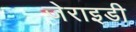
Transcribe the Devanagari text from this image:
जेराइडी